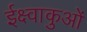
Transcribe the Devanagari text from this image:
ईक्ष्वाकुओं